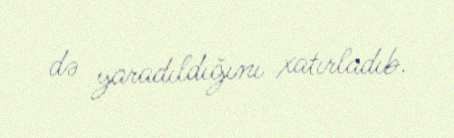
də yaradıldığını xatırladıb.